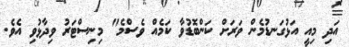
އަދި މިއީ އަޅުގަނޑުމެން ވަރަށް ކަންބޮޑުވާ ކަމެއް ވެސްމެ" މިނިސްޓަރު ވިދާޅުވި އެވެ.